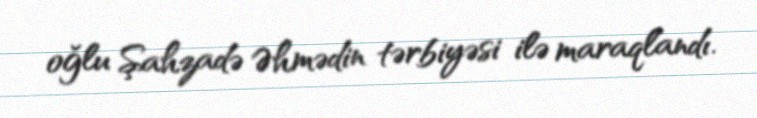
oğlu Şahzadə Əhmədin tərbiyəsi ilə maraqlandı.